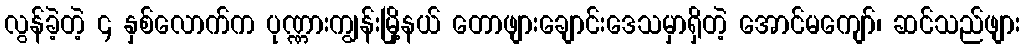
လွန်ခဲ့တဲ့ ၄ နှစ်လောက်က ပုဏ္ဏားကျွန်းမြို့နယ် တောဖျားချောင်းဒေသမှာရှိတဲ့ အောင်မကျော်၊ ဆင်သည်ဖျား